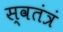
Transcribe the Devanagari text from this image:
स्वतंत्रं